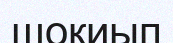
шоқиып